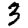
Digit: 3